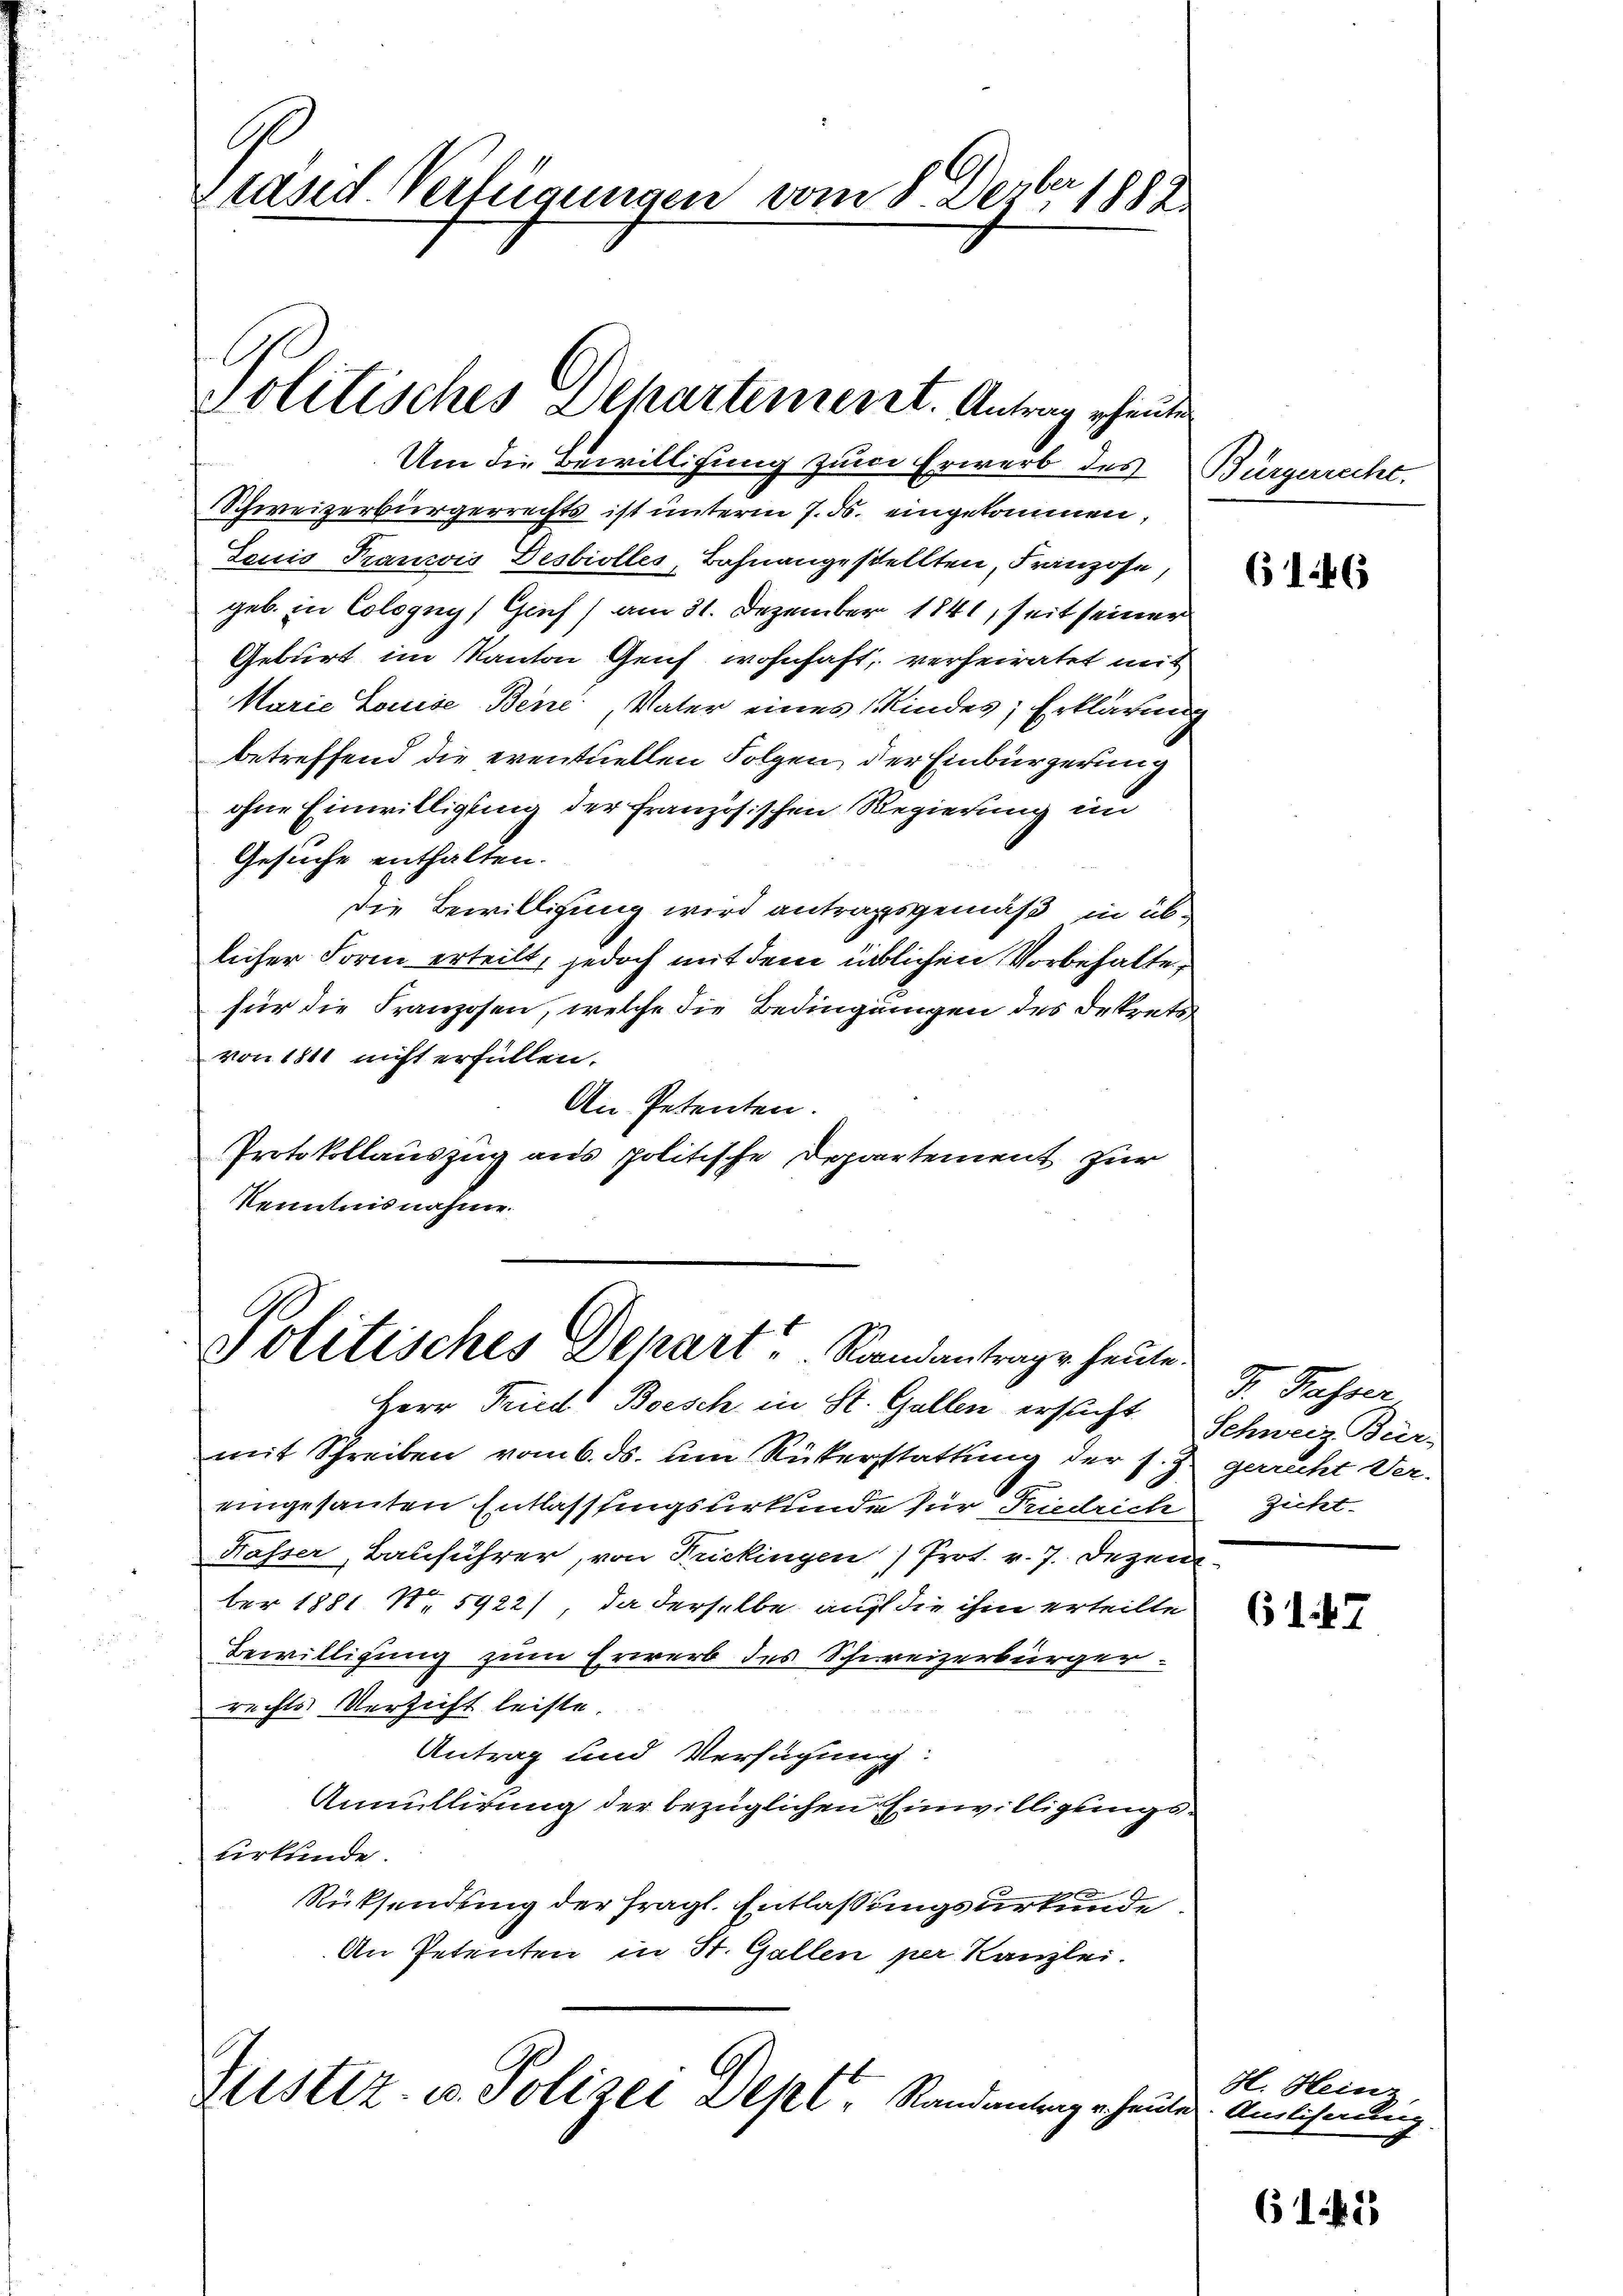
Präsid. Verfügungen vom 8. Dezbr 1889

Politisches Departement. Antrag heuten

Um die Bewilligung zum Erwerb des Bürgerrecht.
Schweizerbürgerrechts ist unterm 7. ds. eingekommen,
Louis Francis Desbiolles, Bahnangestellten, Franzose,
geb. in Cologny) Genf) am 31. Dezember 1841, seit seiner
Geburt im Kanton Genf wohnhaft, verheiratet mit
Marie Louise Bene, Vater eines Kindes Erklärung
betreffend die eventuellen Folgen, der Einbürgerung
ohne Einwilligung der französischen Regierung im
Gesuche enthalten.
Die Bewilligung wird antragsgemäß in üblicher Form erteilt, jedoch mit dem üblichen Vorbehaltefür die Franzosen, welche die Bedingungen des Betrets
von 1811 nicht erfüllen.
An Petenten.
Protokollauszug aus politische Departement für
Kenntnis nahme.

Politisches Depart. Standantrage heute.

Herr Fried Besch in St. Gallen ersucht Schweiz Bürmit Schreiben vom 6. ds. um Rükerstattung der s. Z. gerrecht Ver-
eingesanten Entlassungsurkunde für Friedrich zicht
Nasser, Bauführer, von Frickingen Prot. v. 7. Dezember 1881 No 5922), da derselbe auf die ihm erteilte
Bewilligung zum Erwerb des Schweizerbürger
rechts Versicht leiste.
Antrag und Verfügung:
Annullirung der bezüglichen Einwilligungsurkunde.
Rücksendung der fragl. Entlassungsurkunde
An Petenten in St. Gallen per Kanzlei.
Justiz- u. Polizei Depl, Randantrage heute. Amtlichen Kanz.

6146

Dr. Fasser

61. 7

H. Heinz

1